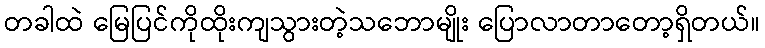
တခါထဲ မြေပြင်ကိုထိုးကျသွားတဲ့သဘောမျိုး ပြောလာတာတော့ရှိတယ်။